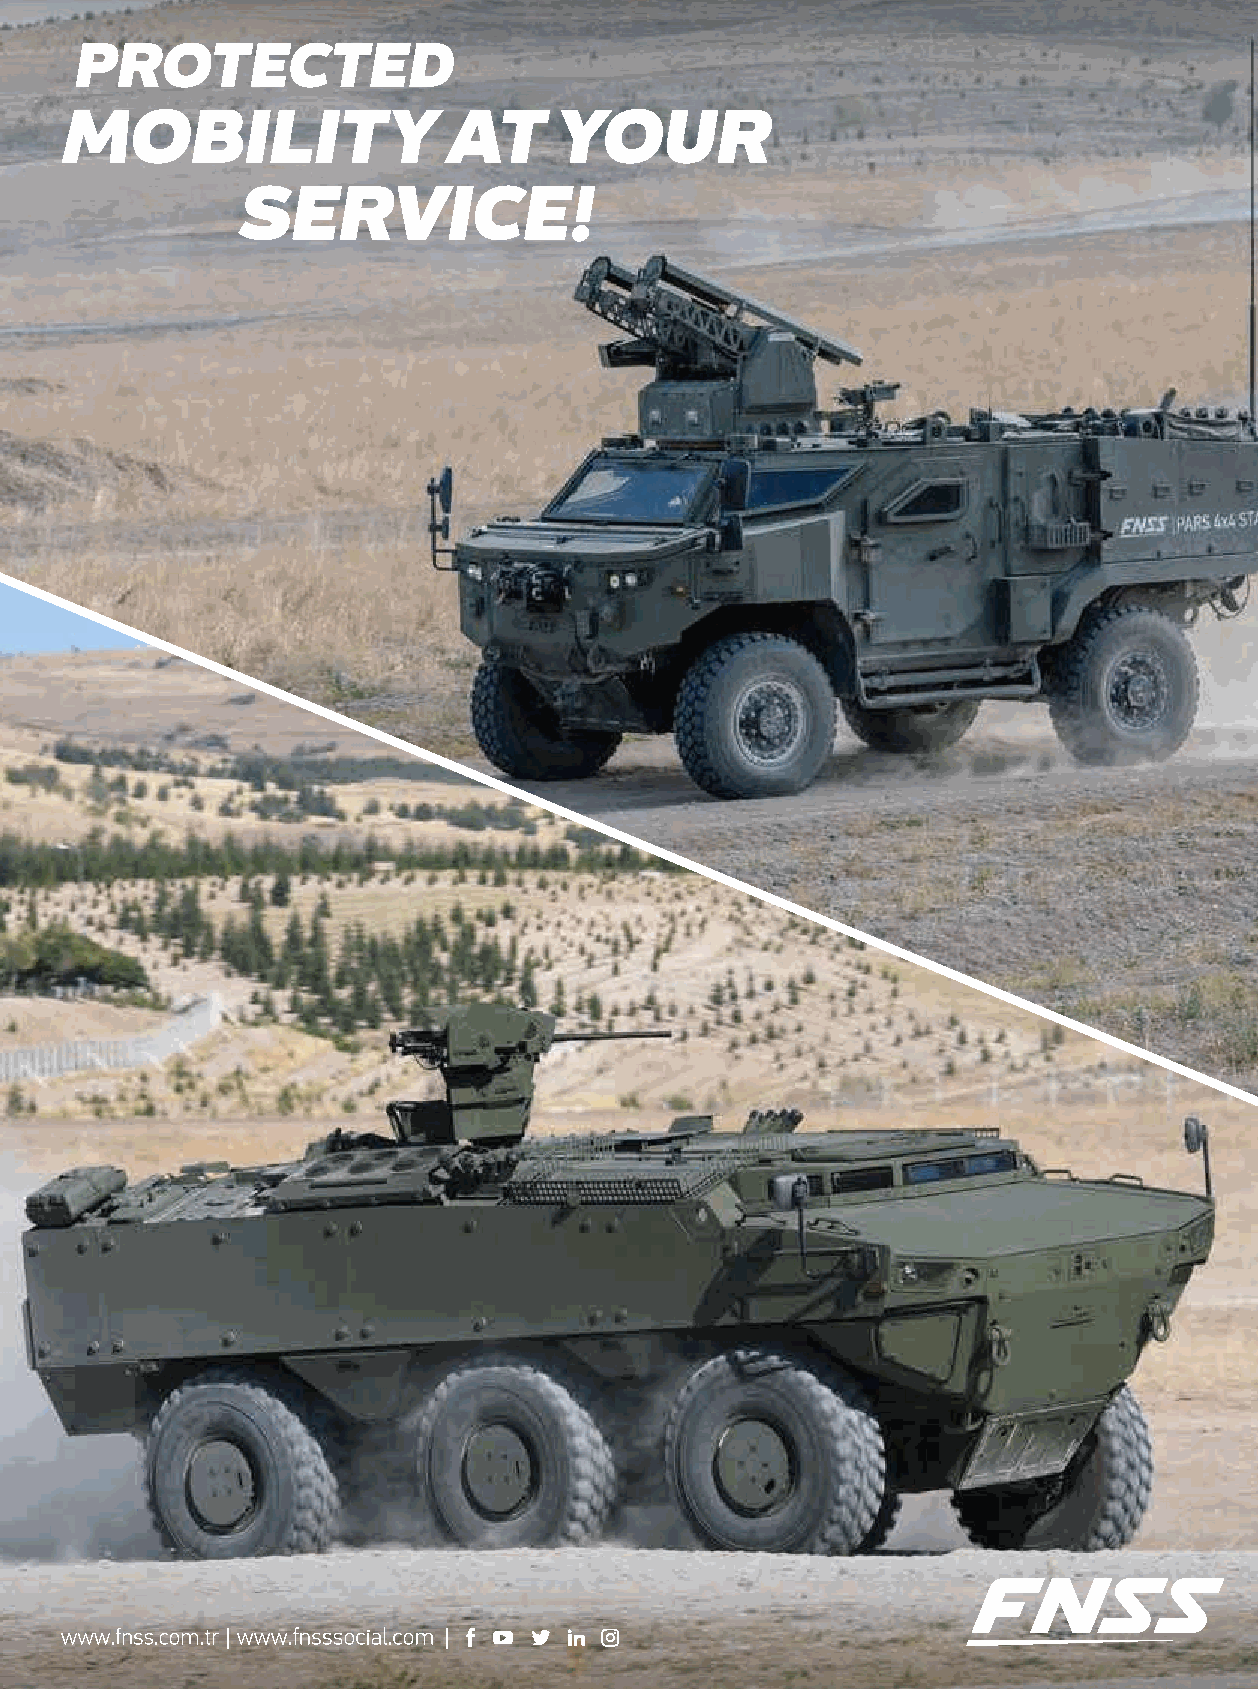
middle    east
 s  p e  c  i a  l
 | february/march 2021 |                      23